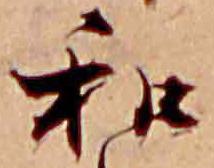
和